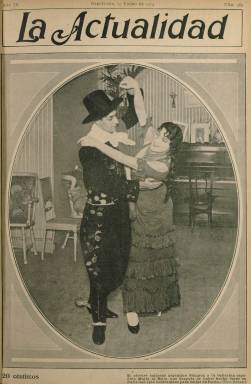
Título: La Actualidad (Barcelona. 1906)
Colección: Revistas de información general
Ámbito geográfico: Barcelona
Lugar de publicación: Barcelona
Fechas: 05/08/1906-27/06/1914

Falta digitalizar el año 1914

---

Con el subtítulo “revista mundial de información mundial” es un semanario ilustrado de información general, que ofrece crónicas de sucesos, de actualidad política, social y económica, también la relacionada con el arte, la ciencia o los nuevos descubrimientos tecnológicos, los deportes, los espectáculos y las curiosidades y amenidades, con páginas dedicadas a la moda, a la mujer y a la juventud, así como caricaturas, teniendo espacio también para los chistes y tiras cómicas, al estilo de los magazines del primer tercio del siglo veinte, que irán sustituyendo los dibujos por las fotografías de actualidad, que esta revista insertará en abundancia, siendo un ejemplo del naciente fotoperiodismo.

Empezó a aparecer en Barcelona a partir del cinco de agosto de 1906, en entregas de 36 páginas, aunque a veces reduce a 24 y en otras aumenta hasta casi el medio centenar, en un formato en 4º y compuestas a tres y dos columnas, y que usará el papel cuché para las planas dedicadas enteramente a los fotograbados, que también insertará en el resto de páginas. Tendrá cubiertas, que a veces estampará con tinta de color. La intención fue hacer una revista popular, confeccionada y estampada a través de los adelantos del arte de imprimir de la época, que permitía hacerlo económicamente. Se difundió por España y América (La Habana, Buenos Aires o Nueva York).

Cada entrega se inicia con un asunto principal de actualidad, como podía ser el siniestro del vapor Sirio, para a continuación en la sección que denomina Urbi et orbe dar sucesos acontecidos en todo el mundo, notas de naturaleza, ciencia o técnica, como era la naciente navegación aérea, de deportes, modas o cocina, una colección de himnos nacionales y otras canciones (partituras) o una guía comercial de Barcelona. Lleva a cabo concursos entre sus lectores. También publica artículos literarios, junto a otros de carácter instructivo (de higiene o cocina) o recreativo, así como folletines, a lo que añadirá ocho páginas de un Diccionario ilustrado. Así mismo inserta publicidad comercial.

Destaca como una revista de actualidad gráfica de todo tipo de acontecimientos tanto españoles como extranjeros (políticos, obreros, sociales, artísticos, etc.). A partir de enero de 1909 se hará cargo de su dirección el periodista José Roca y Roca, que también será el autor de una crónica de Barcelona y procederá a modernizar la revista, siendo Pedro Mata el firmante de otra crónica madrileña. Así mismo contará con P. Eduardo de Bray como corresponsal en París. Resalta de esta revista la serie de fotografías que, con motivo de la Semana Trágica de Barcelona y su provincia, publica en un suplemento especial del cinco de agosto de 1909 y en los posteriores números 158 y 159, de 10 y 17 de agosto de ese año, respectivamente, con instantáneas de Castellá, Matamala, Camps, Canalejo, Sánchez Carvajal, Masanas, J. Guixá o Soler y Batlle.

La colección de este título en la Biblioteca Nacional de España no está completa. Tras su número 264, del 22 agosto de 1911, pasa al 387, del tres de enero de 1914. Posteriormente aparece como director J. Fernández de la Reguera, y como editora la Sociedad General de Publicaciones. El último número de la colección es 412, correspondiente al 27 de junio de ese año. Se desconoce cuándo dejó de publicarse.